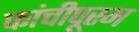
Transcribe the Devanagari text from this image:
कांचीपूरम